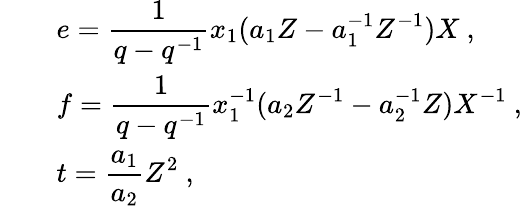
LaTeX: \begin{array}{rcl}{{}}&{{}}&{{e=\displaystyle\frac{1}{q-q^{-1}}x_{1}(a_{1}Z-a_{1}^{-1}Z^{-1})X~,}}\\ {{}}&{{}}&{{f=\displaystyle\frac{1}{q-q^{-1}}x_{1}^{-1}(a_{2}Z^{-1}-a_{2}^{-1}Z)X^{-1}~,}}\\ {{}}&{{}}&{{t=\displaystyle\frac{a_{1}}{a_{2}}Z^{2}~,}}\end{array}